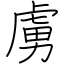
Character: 虜